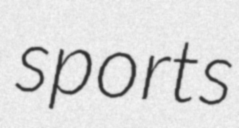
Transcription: sports